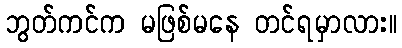
ဘွတ်ကင်က မဖြစ်မနေ တင်ရမှာလား။